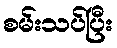
စမ်းသပ်ပြီး